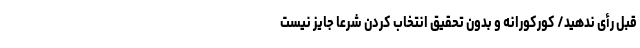
قبل رأی ندهید/ کورکورانه و بدون تحقیق انتخاب کردن شرعاً جایز نیست